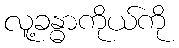
လူ့ခန္ဓာကိုယ်ကို